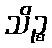
သိဉ္စ